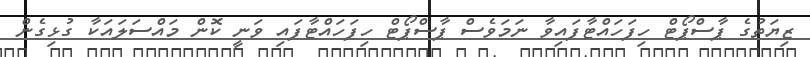
ޒިޔަތުގެ ޕާސްޕޯޓް ހިފަހައްޓާފައިވާ ނަމަވެސް ޕާސްޕޯޓް ހިފަހައްޓާފައި ވަނީ ކޮން މައްސަލައަކާ ގުޅިގެން